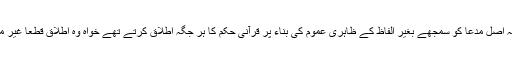
خوارج کا طریق بھی یہی تھا کہ اصل مدعا کو سمجھے بغیر الفاظ کے ظاہری عموم کی بناء پر قرآنی حکم کا ہر جگہ اطلاق کرتے تھے خواہ وہ اطلاق قطعاً غیر موزوں اور غلط ہی کیوں نہ ہوتا۔